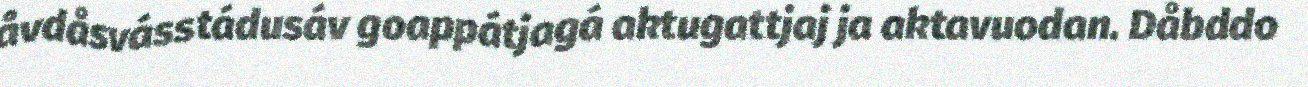
åvdåsvásstádusáv goappátjagá aktugattjaj ja aktavuodan. Dåbddo